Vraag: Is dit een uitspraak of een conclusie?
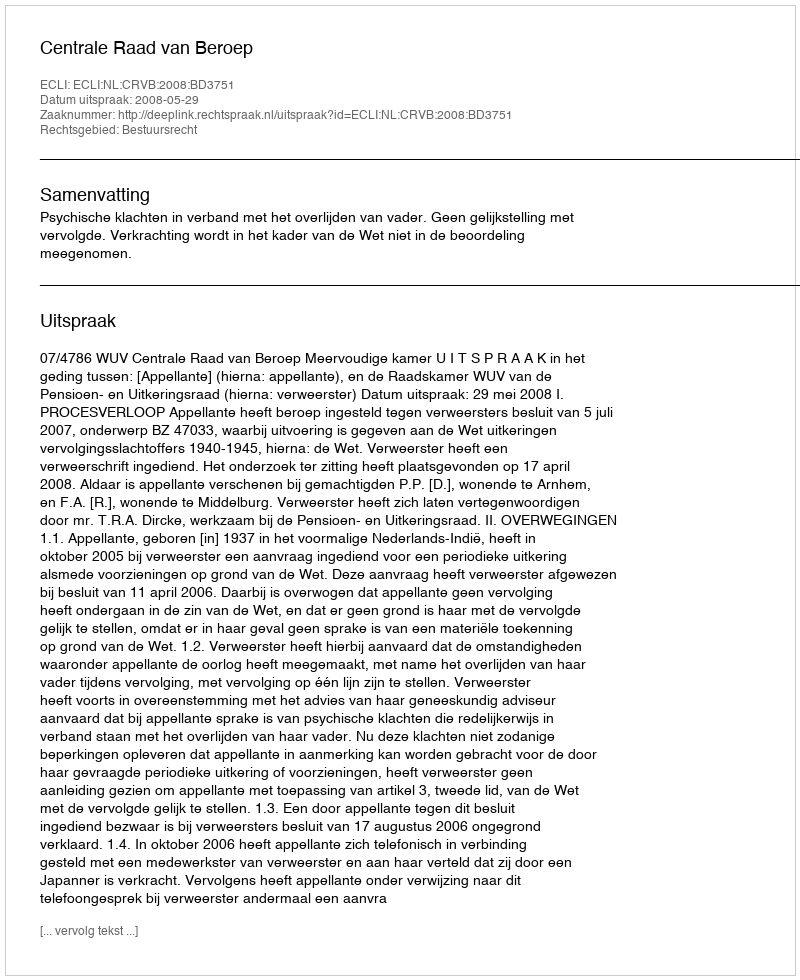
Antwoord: Uitspraak